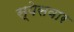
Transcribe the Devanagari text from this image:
स्पेसवार